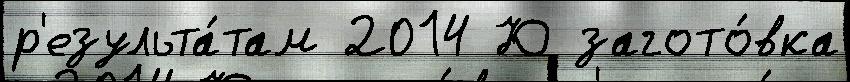
р'езульта́там 2014 Ю загото́вка